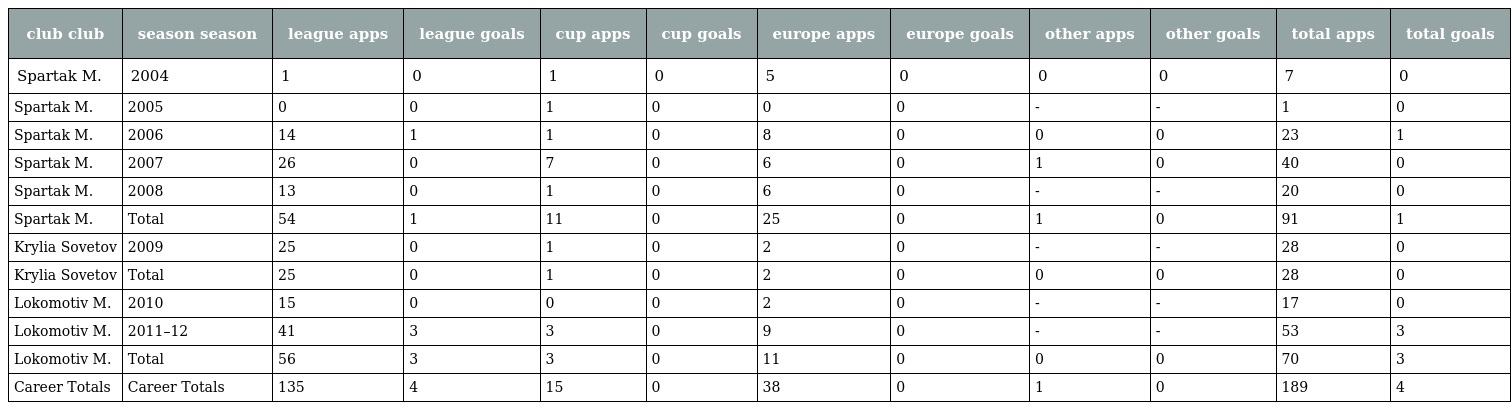
| club club | season season | league apps | league goals | cup apps | cup goals | europe apps | europe goals | other apps | other goals | total apps | total goals |
 | --- | --- | --- | --- | --- | --- | --- | --- | --- | --- | --- | --- |
 | Spartak M. | 2004 | 1 | 0 | 1 | 0 | 5 | 0 | 0 | 0 | 7 | 0 |
 | Spartak M. | 2005 | 0 | 0 | 1 | 0 | 0 | 0 | - | - | 1 | 0 |
 | Spartak M. | 2006 | 14 | 1 | 1 | 0 | 8 | 0 | 0 | 0 | 23 | 1 |
 | Spartak M. | 2007 | 26 | 0 | 7 | 0 | 6 | 0 | 1 | 0 | 40 | 0 |
 | Spartak M. | 2008 | 13 | 0 | 1 | 0 | 6 | 0 | - | - | 20 | 0 |
 | Spartak M. | Total | 54 | 1 | 11 | 0 | 25 | 0 | 1 | 0 | 91 | 1 |
 | Krylia Sovetov | 2009 | 25 | 0 | 1 | 0 | 2 | 0 | - | - | 28 | 0 |
 | Krylia Sovetov | Total | 25 | 0 | 1 | 0 | 2 | 0 | 0 | 0 | 28 | 0 |
 | Lokomotiv M. | 2010 | 15 | 0 | 0 | 0 | 2 | 0 | - | - | 17 | 0 |
 | Lokomotiv M. | 2011–12 | 41 | 3 | 3 | 0 | 9 | 0 | - | - | 53 | 3 |
 | Lokomotiv M. | Total | 56 | 3 | 3 | 0 | 11 | 0 | 0 | 0 | 70 | 3 |
 | Career Totals | Career Totals | 135 | 4 | 15 | 0 | 38 | 0 | 1 | 0 | 189 | 4 |